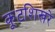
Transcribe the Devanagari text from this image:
कूटशिखरे